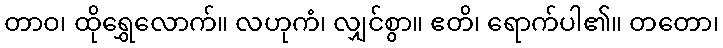
တာဝ၊ ထိုရွှေလောက်။ လဟုကံ၊ လျှင်စွာ။ ဧတိ၊ ရောက်ပါ၏။ တတော၊